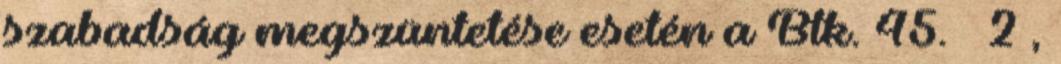
szabadság megszüntetése esetén a Btk. 45. § 2 ,